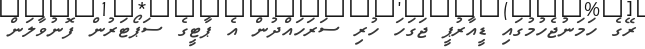
ރޭގެ ހަމަނުޖެހުމުގައި ޑީއާރުޕީ ޖަގަހަ ހުރި ސަރަހައްދުން އެ ޕާޓީގެ ސަޕޯޓަރުން ފޮނުވާލަން